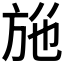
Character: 𭤮